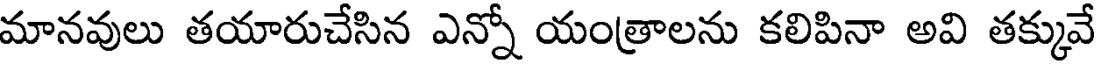
మానవులు తయారుచేసిన ఎన్నో యంత్రాలను కలిపినా అవి తక్కువే